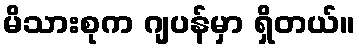
မိသားစုက ဂျပန်မှာ ရှိတယ်။